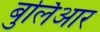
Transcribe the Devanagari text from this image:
बुर्लिआर